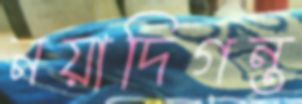
নয়াদিগন্ত